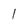
Character: 1